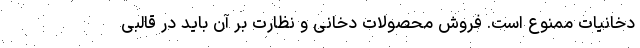
دخانیات ممنوع است. فروش محصولات دخانی و نظارت بر آن باید در قالبی